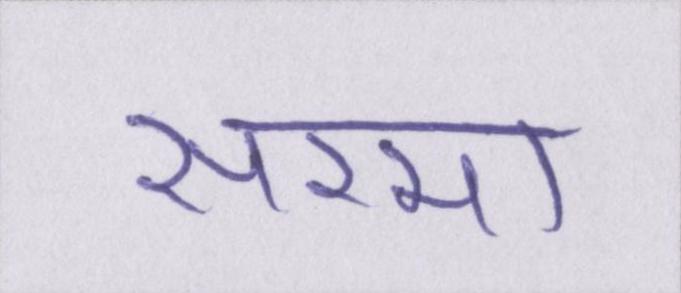
सरमा